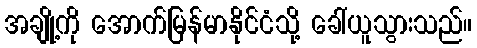
အချို့ကို အောက်မြန်မာနိုင်ငံသို့ ခေါ်ယူသွားသည်။